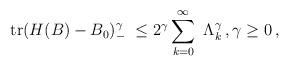
LaTeX: \begin{align*} \mathrm{tr} (H(B)-B_0)_-^\gamma \ \leq 2^\gamma \sum_{k=0}^\infty\ \Lambda_k^\gamma\,, \gamma \ge 0\,,\end{align*}